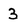
Character: 3